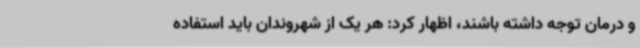
و درمان توجه داشته باشند، اظهار کرد: هر یک از شهروندان باید استفاده